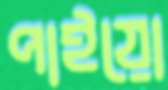
পাইয়ো